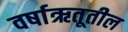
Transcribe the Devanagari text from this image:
वर्षाऋतूतील